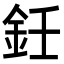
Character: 鈓